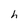
Character: h